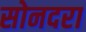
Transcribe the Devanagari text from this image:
सोनदरा